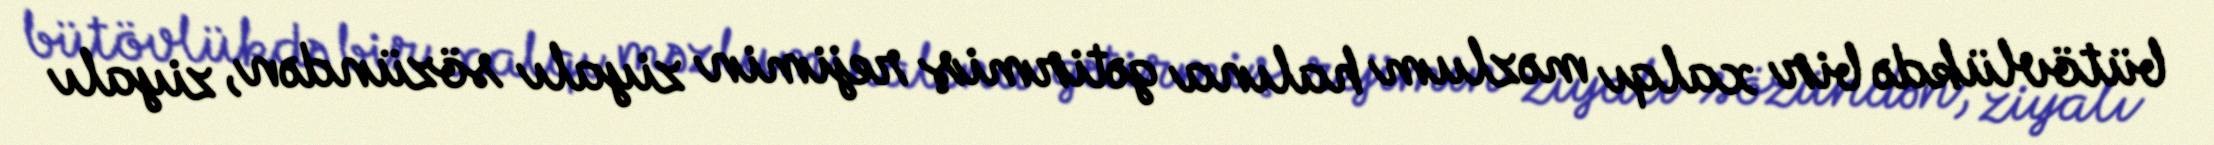
bütövlükdə bir xalqı məzlum halına gətirmiş rejimin ziyalı sözündən, ziyalı